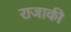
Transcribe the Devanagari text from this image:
राजाकी